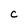
Character: C